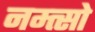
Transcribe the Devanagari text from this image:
नम्त्सो